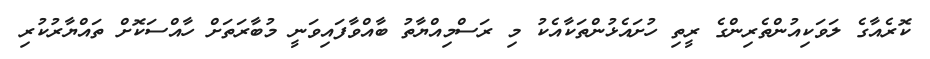
ކޮރެއާގެ ލަވަކިއުންތެރިންގެ ރީތި ހުށައެޅުންތަކާއެކު މި ރަސްމިއްޔާތު ބާއްވާފައިވަނީ މުބާރަތަށް ހާއްސަކޮށް ތައްޔާރުކުރި